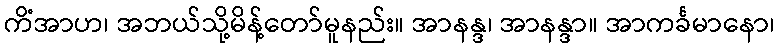
ကိံအာဟ၊ အဘယ်သို့မိန့်တော်မူနည်း။ အာနန္ဒ၊ အာနန္ဒာ။ အာကင်္ခမာနော၊